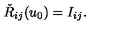
\check { R } _ { i j } ( u _ { 0 } ) = I _ { i j } .